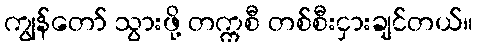
ကျွန်တော် သွားဖို့ တက္ကစီ တစ်စီးငှားချင်တယ်။